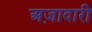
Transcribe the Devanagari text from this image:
अज़ादारी